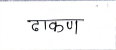
मजकूर: ढाकण